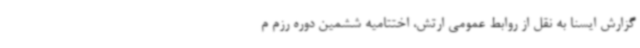
گزارش ایسنا به نقل از روابط عمومی ارتش، اختتامیه ششمین دوره رزم م